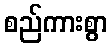
စည်ကားစွာ